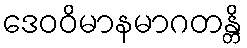
ဒေဝဝိမာနမာဂတန္တိ